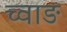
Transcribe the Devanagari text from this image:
च्वाङ